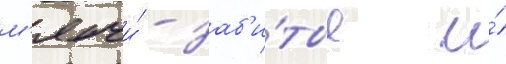
м'ячи́ - заб'и́тые и́